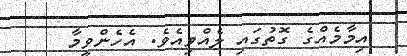
އިމާމެއްގެ ގޮތުގައި ލެއްވިއެވެ. އެހެންވީމާ